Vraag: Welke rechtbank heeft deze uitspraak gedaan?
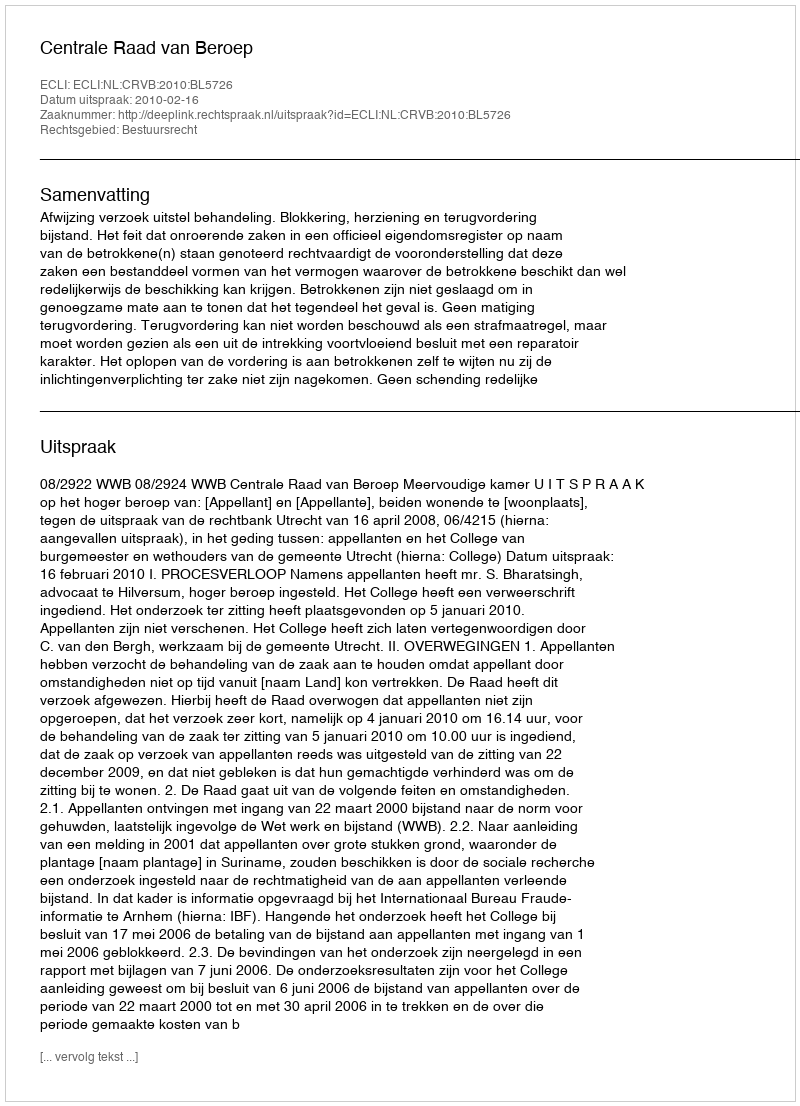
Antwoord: Centrale Raad van Beroep